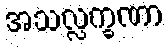
အသလ္လက္ခဏာ